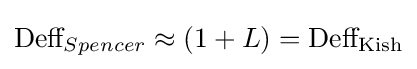
{\text{Deff}}_{Spencer}\approx (1+L)={\text{Deff}}_{\text{Kish}}